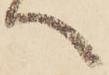
へ